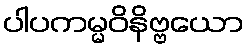
ပါပကမ္မဝိနိဗ္ဗယော